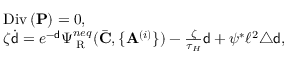
\begin{array} { r l } & { \mathrm { D i v } \, ( \mathbf { P } ) = 0 , } \\ & { \zeta \dot { { \mathsf { d } } } = e ^ { - { \mathsf { d } } } \Psi _ { \mathrm { \tiny ~ R } } ^ { n e q } ( \bar { \mathbf { C } } , \{ \mathbf { A } ^ { ( i ) } \} ) - \frac { \zeta } { \tau _ { H } } { \mathsf { d } } + \psi ^ { * } \ell ^ { 2 } \triangle { \mathsf { d } } , } \end{array}